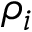
\rho _ { i }